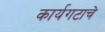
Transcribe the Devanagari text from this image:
कार्यगटाचे